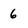
Character: 6